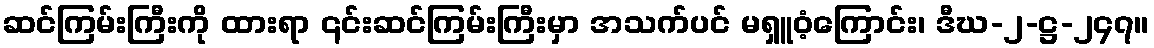
ဆင်ကြမ်းကြီးကို ထားရာ ၎င်းဆင်ကြမ်းကြီးမှာ အသက်ပင် မရှူဝံ့ကြောင်း၊ ဒီဃ-၂-ဋ္ဌ-၂၄၇။